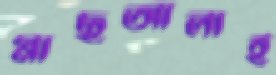
মাছআলাই